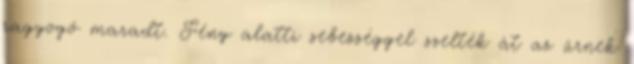
ragyogó maradt. Fény alatti sebességgel szelték át az űrnek